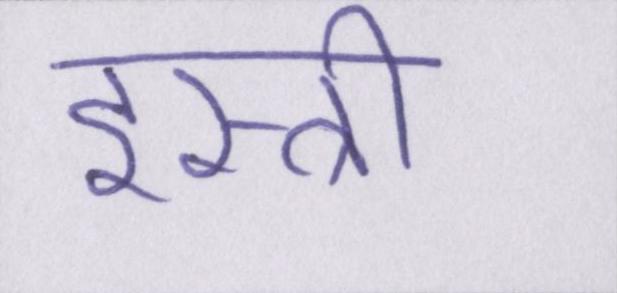
इस्त्री